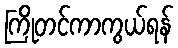
ကြိုတင်ကာကွယ်ရန်